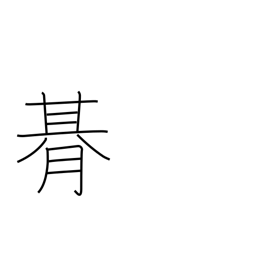
Meaning: one period